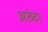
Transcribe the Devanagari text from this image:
अरुंटा